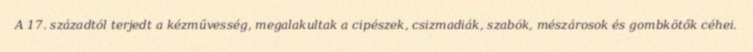
A 17. századtól terjedt a kézművesség, megalakultak a cipészek, csizmadiák, szabók, mészárosok és gombkötők céhei.